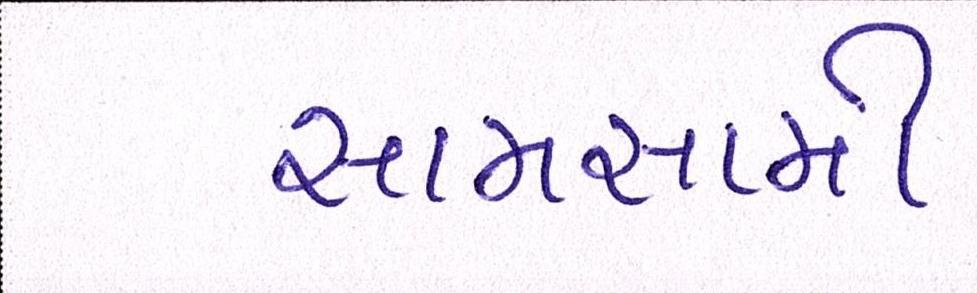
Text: સામસામી